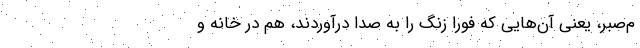
م‌صبر، یعنی آن‌هایی که فوراً زنگ را به صدا درآوردند، هم در خانه و